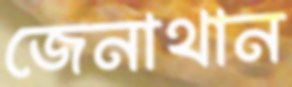
জেনাথান